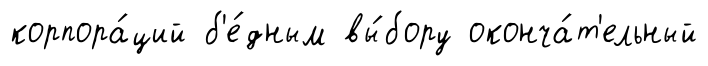
корпора́ций б'е́дным вы́бору оконча́т'ельный